65_HS1-834228961_62-HQ-83894_Section_10
Agency: FBI
Page 141
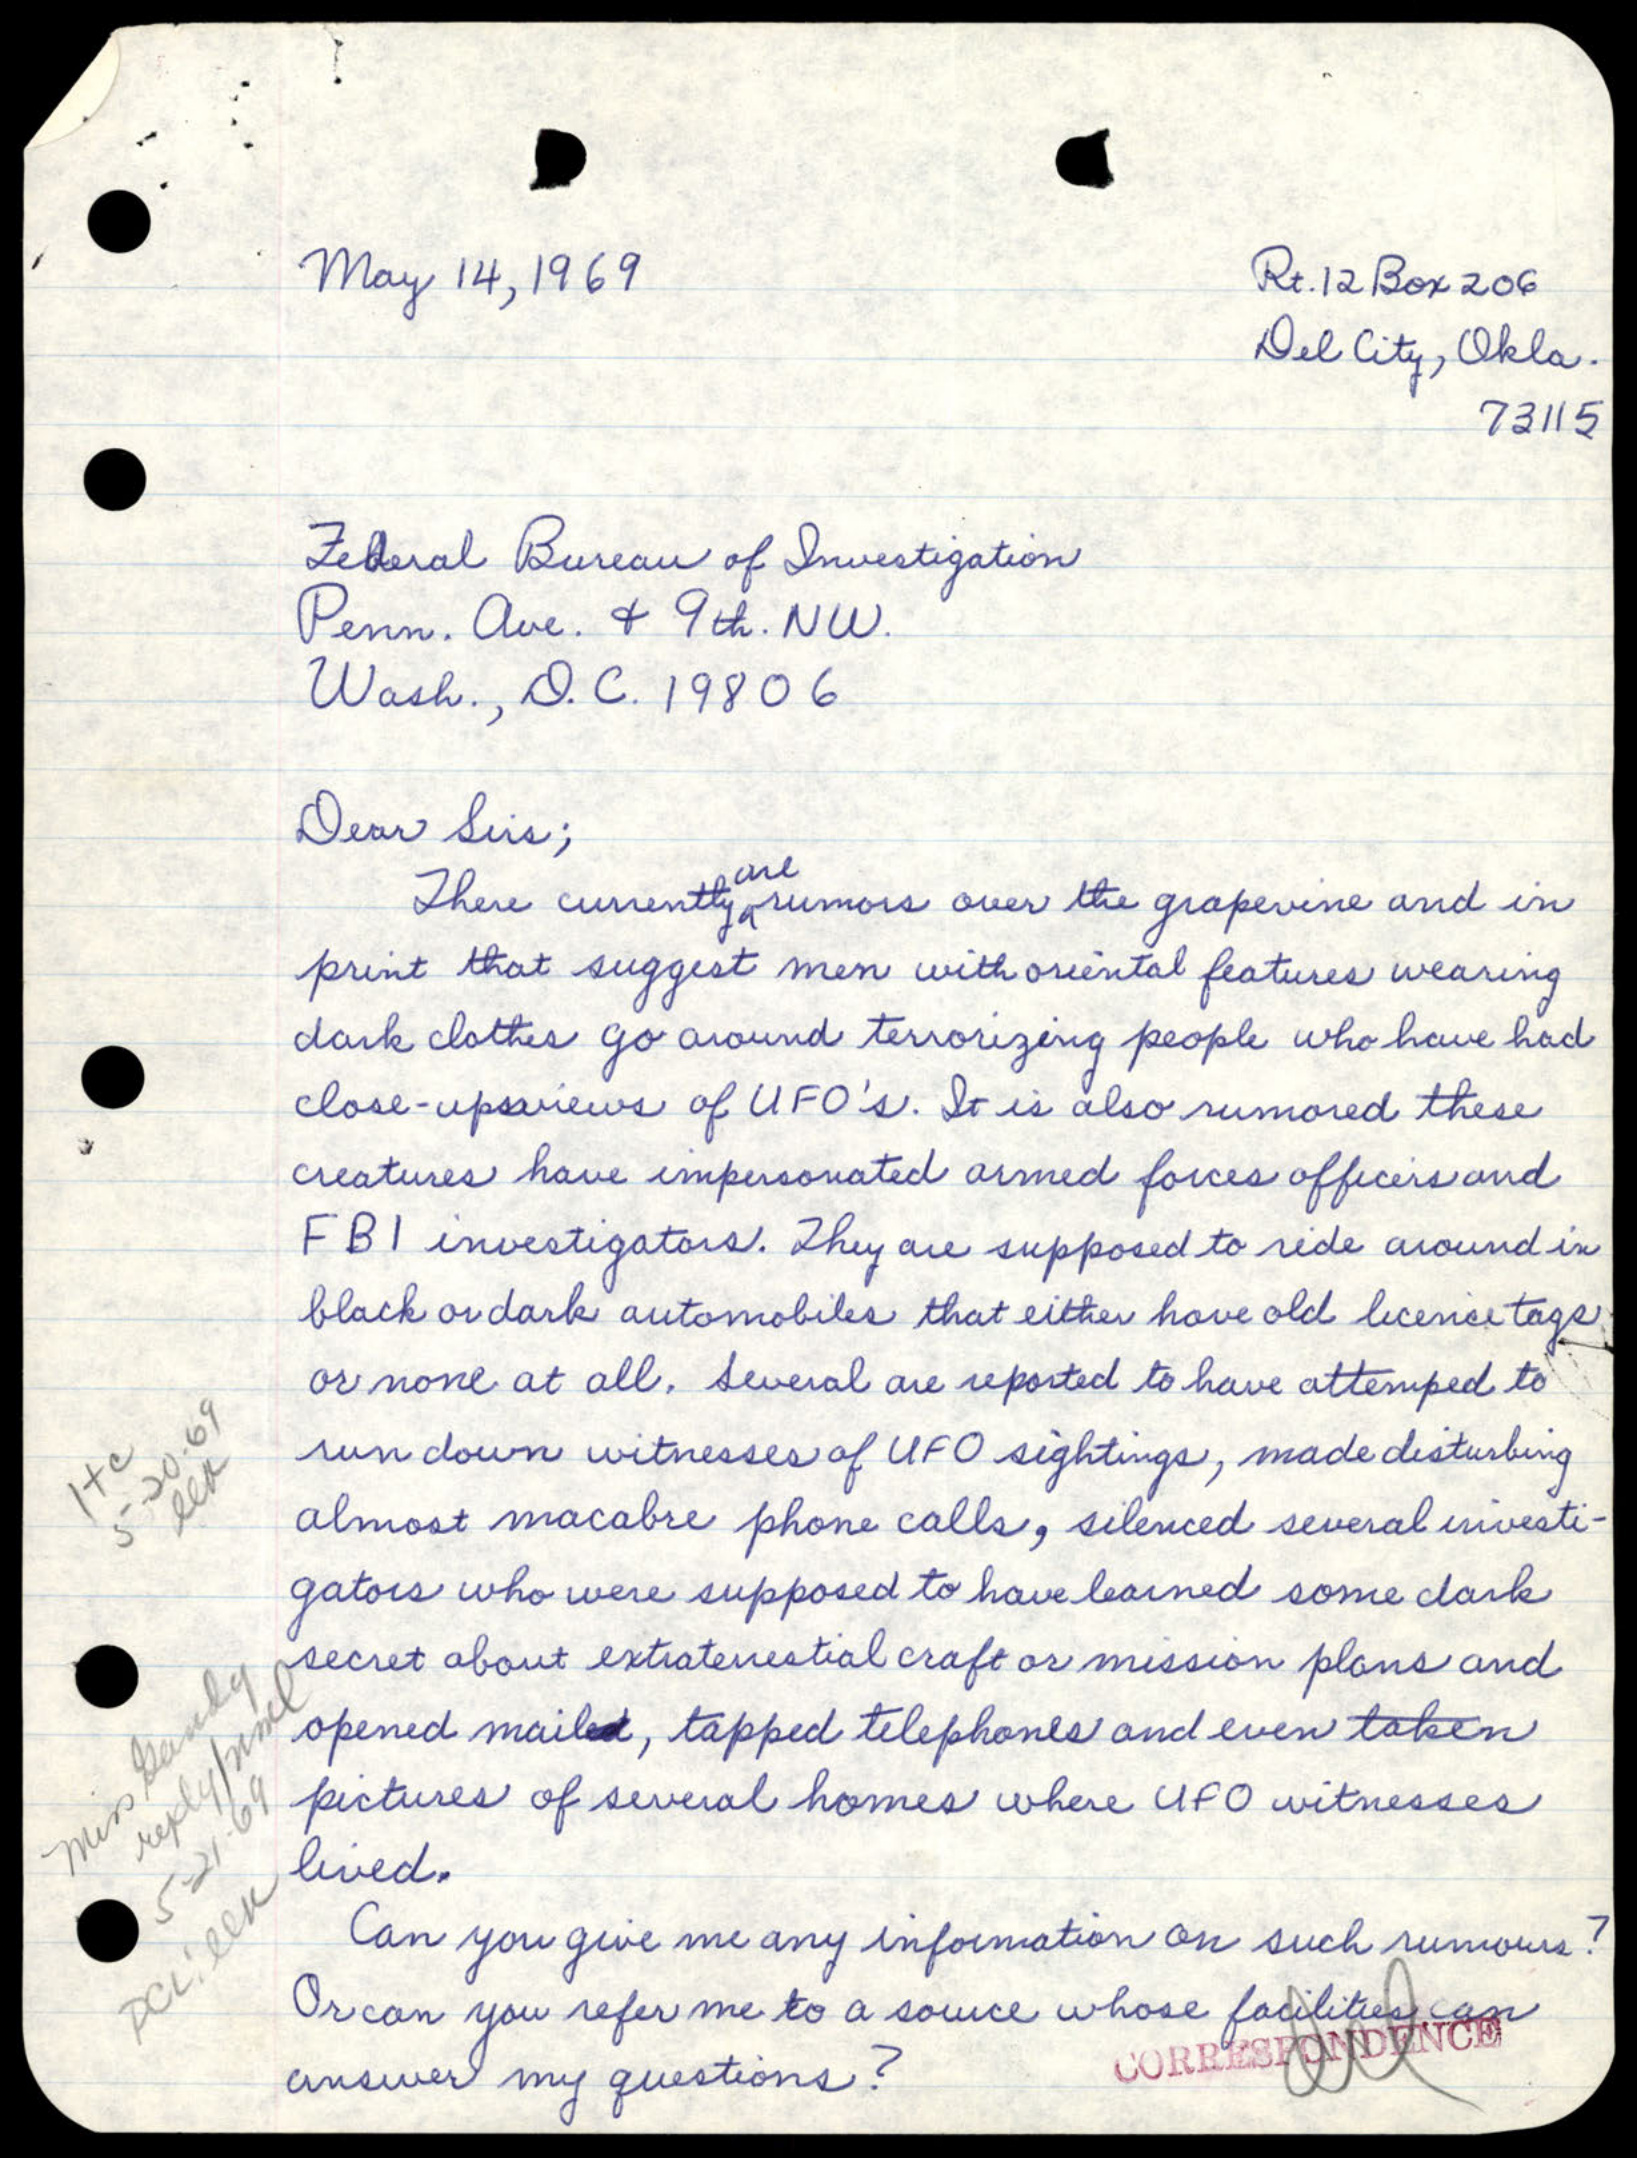